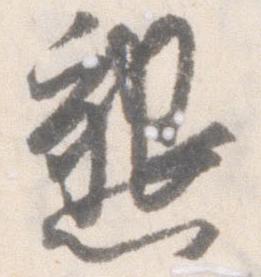
懇